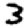
Digit: 3